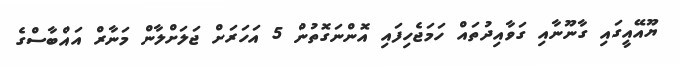
ޔޫއޭއީގައި ގާނޫނާއި ގަވާއިދުތައް ހަމަޖެހިފައި އޮންނަގޮތުން 5 އަހަރަށް ޖަލަށްލާން މަނާރް އައްބާސްގެ